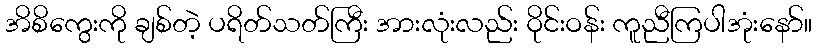
အိစိကွေးကို ချစ်တဲ့ ပရိတ်သတ်ကြီး အားလုံးလည်း ဝိုင်းဝန်း ကူညီကြပါအုံးနော်။